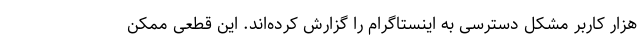
هزار کاربر مشکل دسترسی به اینستاگرام را گزارش کرده‌اند. این قطعی ممکن